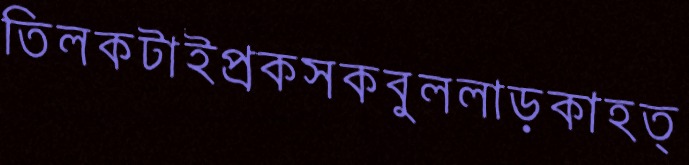
তিলকটাইপ্রকসকবুললাড়কাহত্